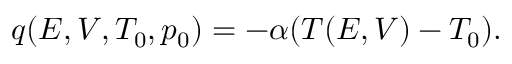
\begin{array} { r } { q ( E , V , T _ { 0 } , p _ { 0 } ) = - \alpha ( T ( E , V ) - T _ { 0 } ) . } \end{array}